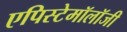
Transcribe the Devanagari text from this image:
एपिस्टेमॉलॉजी